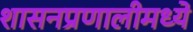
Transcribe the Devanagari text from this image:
शासनप्रणालीमध्ये